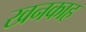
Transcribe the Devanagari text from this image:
खनकाह